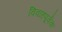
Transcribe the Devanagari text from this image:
विवाहपूर्वक